Vaccination in Bombay 1869-1873 - 1869-1873
Year: 1869
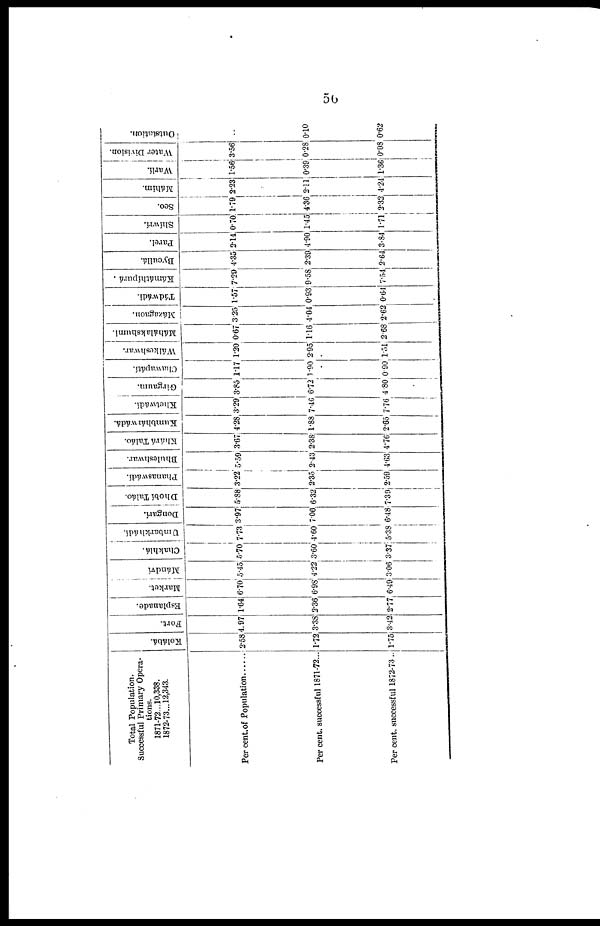
56
Total Population.
Successful Primary Opera-
tions.
1871-72...10,338.
1872-73...12,343.
Percent.of Population
Percent. successful 1871-72...
Percent. successful 1872-73..
Kol ábá.
2.58
1.72
1.75
For t .
4.97
3.38
3.42
Esplanade.
1.64
2.36
2.77
Mar ket .
6.70
6.98
6.49
Mándví
5.45
4.22
3.06
Cha khl á .
5.70
3.60
3.37
Umb a r
k h á d í.
7.73
4.60
5.38
Dongarí.
3.97
7.06
6.48
Dhobí Tal áo.
5.88
6.32
7.39
Pha na s wá dí.
3.22
2.35
2.59
Bhule s hwa r
.
5.59
2.43
4.63
Khá r
á Tal áo.
3.67
2.38
4.76
Ku mb h á rwá d á .
4.28
1.88
2.65
Khe t
wá dí .
3.29
7.46
7.76
Gi r
ga um.
3.85
6.72
4.80
Cha wa pá t
í
.
1.17
1.90
0.90
Wá lke s
hwa r
.
1.20
2.95
1.51
Má h á la
k s
h u mi.
0.67
1.16
2.68
Má z a ga on.
3.25
4.04
2.62
Tá dwá di .
1.57
0.93
0.64
Ká má thípur á .
7.29
9.58
7.54
Bycul l
á.
4.35
2.39
2.64
Par el .
2.14
4.90
3.84
Shíwrí.
0.70
1.45
1.71
Seo.
1.79
4.36
2.32
Má him.
2.23
2.11
4.24
War l
í
.
1.56
0.39
1.36
Wa t
e r Division.
3.56
0.28
0.08
Out s t
at i
on.
..
0.10
0.62